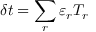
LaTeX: \delta t = \sum _ { r } \varepsilon _ { r } T _ { r }